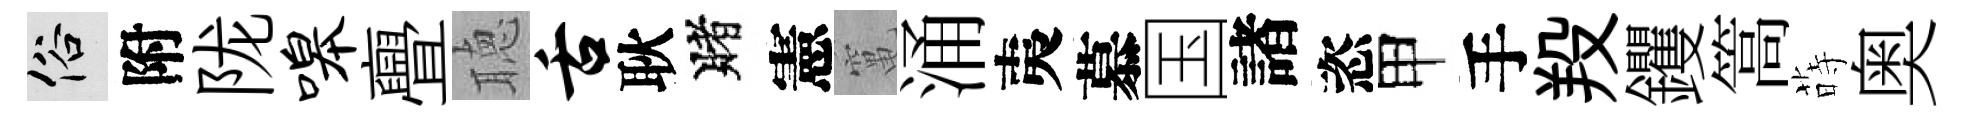
俗附陇嗥亹聴舌耿賭憲𥧄涌夷慕国諸恣甲手羖钁篙蒔奥